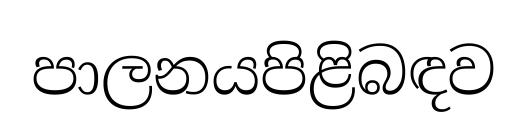
පාලනයපිළිබඳව